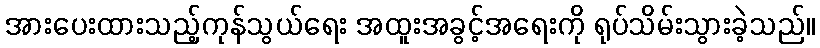
အားပေးထားသည့်ကုန်သွယ်ရေး အထူးအခွင့်အရေးကို ရုပ်သိမ်းသွားခဲ့သည်။